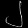
Digit: ၂